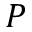
{ \cal P }